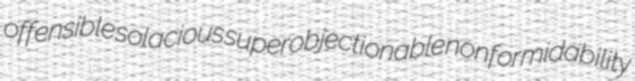
offensible solacious superobjectionable nonformidability